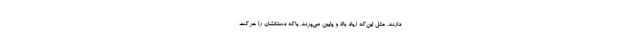
دارند، مثل این‌که زیاد بالا و پایین می‌پرند، یاکه دستانشان را حرکت